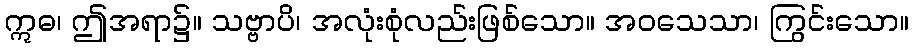
ဣဓ၊ ဤအရာ၌။ သဗ္ဗာပိ၊ အလုံးစုံလည်းဖြစ်သော။ အဝသေသာ၊ ကြွင်းသော။